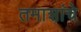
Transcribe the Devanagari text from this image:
तमाशांचे